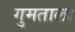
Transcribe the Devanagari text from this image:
गुमताला